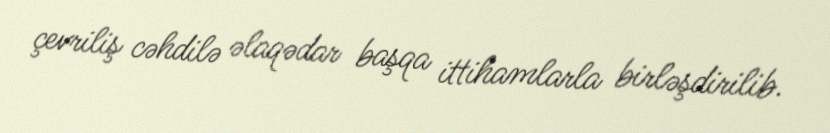
çevriliş cəhdilə əlaqədar başqa ittihamlarla birləşdirilib.